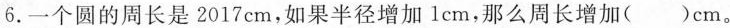
6.一个圆的周长是2017cm，如果半径增加lcm，那么周长增加( )cm。